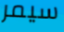
سيمر